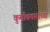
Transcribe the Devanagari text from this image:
कुर्मावताराच्या